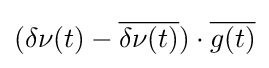
(\delta \nu (t)-{\overline {\delta \nu (t)}})\cdot {\overline {g(t)}}